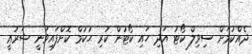
ދެއްކުމަށް ސިވިލް ކޯޓު އަދި ހައި ކޯޓުން ކުރި ޙުކުމް ކޮށްފައިވަނީ ޝަރުޢީ